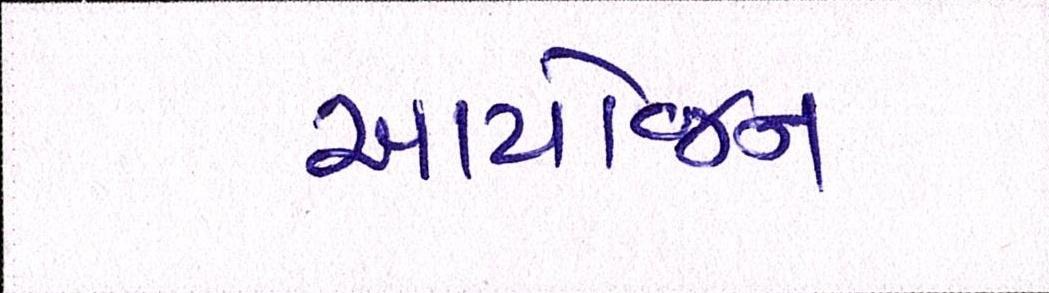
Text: આયોજન